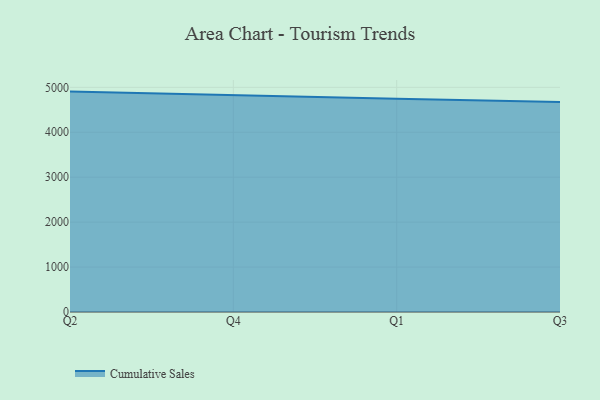
{"axis": {"x": "Quarter", "y": "Backlog"}, "legend": ["Cumulative Sales"], "data": [{"x": "Q2", "y": 4905.1, "type": "Cumulative Sales"}, {"x": "Q4", "y": 4822.1, "type": "Cumulative Sales"}, {"x": "Q1", "y": 4748.4, "type": "Cumulative Sales"}, {"x": "Q3", "y": 4675.2, "type": "Cumulative Sales"}]}